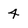
Character: 4